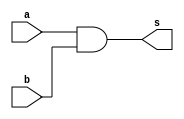
module and_gate_behaviour_com(a, b, s);

	input a;
	input b;
	
	output reg s;
	
	//
	always @ (a, b)	//(*)
	begin
		s = a & b;		//alwaysreg
	end

endmodule